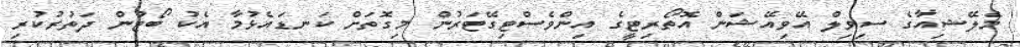
މެލޭޝިއާގެ ސިވިލް އޭވިއޭޝަން އޮތޯރިޓީގެ އިންވެސްޓިގޭޓަރުން މިގޮތަށް ކަނޑައެޅުމާ އެކު ބޯޓުން ދަތުރުކުރި